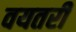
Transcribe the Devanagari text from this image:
वयतरी